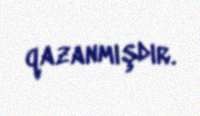
qazanmışdır.